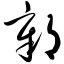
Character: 鄣